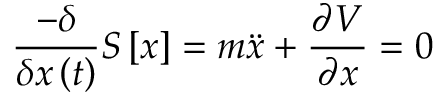
\frac { - \delta } { \delta x \left( t \right) } S \left[ x \right] = m \ddot { x } + \frac { \partial V } { \partial x } = 0